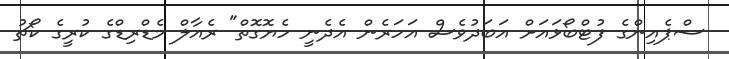
ސްޕެއިންގެ ފުޓްބޯޅައަށް އަބަދުވެސް އަހަރެން އެދެނީ ހެޔޮގޮތް" ރެއާލް މެޑްރިޑްގެ ކުރީގެ ކޯޗު